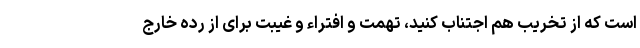
است که از تخریب هم اجتناب کنید، تهمت و افتراء و غیبت برای از رده خارج